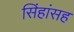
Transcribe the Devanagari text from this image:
सिंहांसह